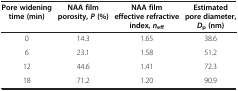
<table><thead><tr><td><b>Pore widening time (min)</b></td><td><b>NAA film porosity, <i>P </i>(%)</b></td><td><b>NAA film effective refractive index, <i>n</i><sub>eff</sub></b></td><td><b>Estimated pore diameter, <i>D</i><sub>p </sub>(nm)</b></td></tr></thead><tbody><tr><td>0</td><td>14.3</td><td>1.65</td><td>38.6</td></tr><tr><td>6</td><td>23.1</td><td>1.58</td><td>51.2</td></tr><tr><td>12</td><td>44.6</td><td>1.41</td><td>72.3</td></tr><tr><td>18</td><td>71.2</td><td>1.20</td><td>90.9</td></tr></tbody></table>